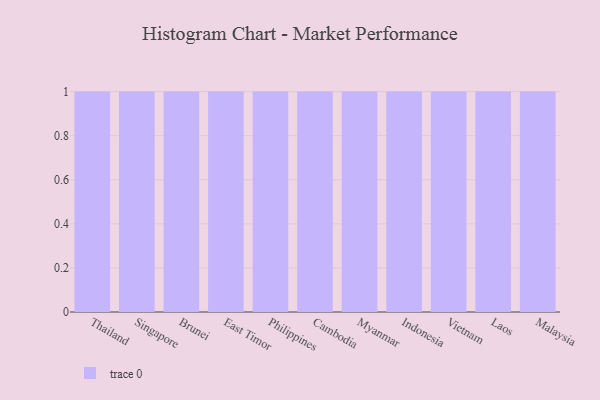
{"axis": {"x": "Country", "y": "Conversion Rate (%)"}, "legend": [""], "data": [{"x": "Thailand", "y": 99, "type": ""}, {"x": "Singapore", "y": 12, "type": ""}, {"x": "Brunei", "y": 49, "type": ""}, {"x": "East Timor", "y": 75, "type": ""}, {"x": "Philippines", "y": 77, "type": ""}, {"x": "Cambodia", "y": 28, "type": ""}, {"x": "Myanmar", "y": 20, "type": ""}, {"x": "Indonesia", "y": 6, "type": ""}, {"x": "Vietnam", "y": 51, "type": ""}, {"x": "Laos", "y": 31, "type": ""}, {"x": "Malaysia", "y": 44, "type": ""}]}